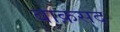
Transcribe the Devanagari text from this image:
बाक़सद